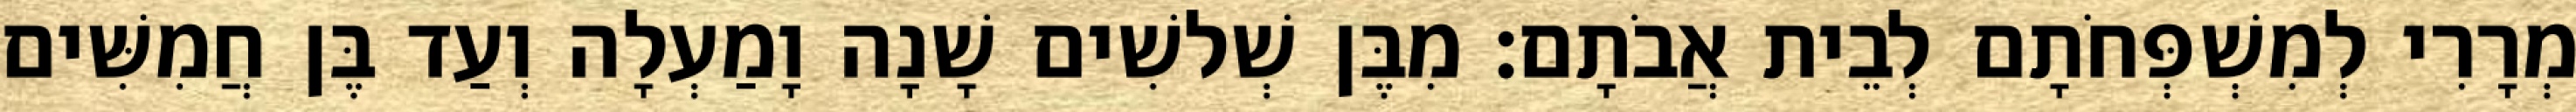
מְרָרִי לְמִשְׁפְּחֹתָם לְבֵית אֲבֹתָם׃ מִבֶּן שְׁלשִׁים שָׁנָה וָמַעְלָה וְעַד בֶּן חֲמִשִּׁים